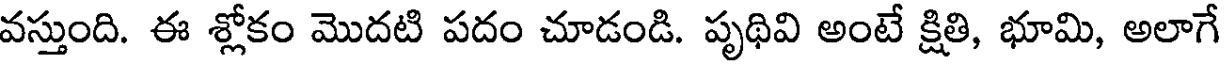
వస్తుంది. ఈ శ్లోకం మొదటి పదం చూడండి. పృథివి అంటే క్షితి, భూమి, అలాగే